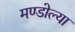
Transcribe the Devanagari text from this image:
मण्डोल्या